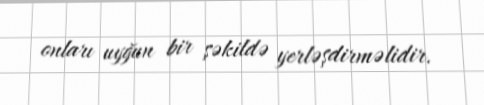
onları uyğun bir şəkildə yerləşdirməlidir.